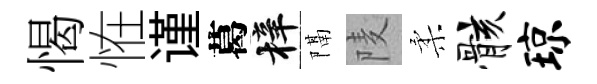
愒恠谨葛梓隔𨹧柔骸琼